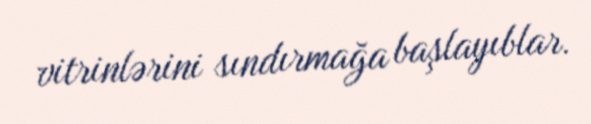
vitrinlərini sındırmağa başlayıblar.